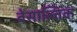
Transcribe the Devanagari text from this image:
बेसाल्तिक